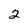
Character: 2